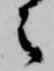
之